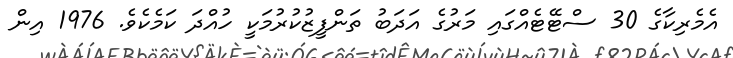
އެމެރިކާގެ 30 ސްޓޭޓެއްގައި މަރުގެ އަދަބު ތަންފީޒުކުރުމަކީ ހުއްދަ ކަމެކެވެ. 1976 އިން